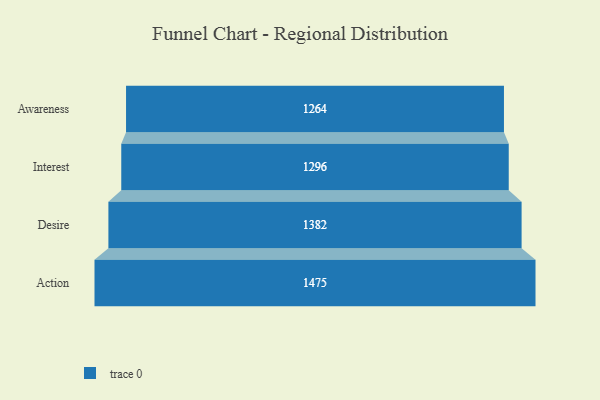
{"axis": {"x": "Stage", "y": "Value"}, "legend": [""], "data": [{"x": "Awareness", "y": 1264.0, "type": ""}, {"x": "Interest", "y": 1296.0, "type": ""}, {"x": "Desire", "y": 1382.0, "type": ""}, {"x": "Action", "y": 1475.0, "type": ""}]}